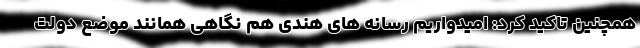
همچنین تاکید کرد: امیدواریم رسانه های هندی هم نگاهی همانند موضع دولت